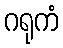
ဂရုကံ